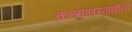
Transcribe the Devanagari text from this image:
कल्याणस्वामीनी